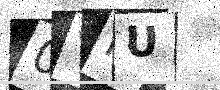
Text: 0YNU